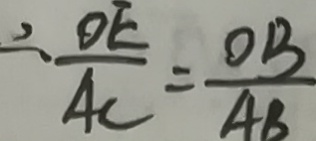
\therefore \frac { O E } { A C } = \frac { O B } { A B }